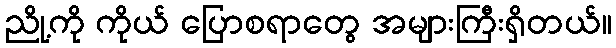
ညို့ကို ကိုယ် ပြောစရာတွေ အများကြီးရှိတယ်။